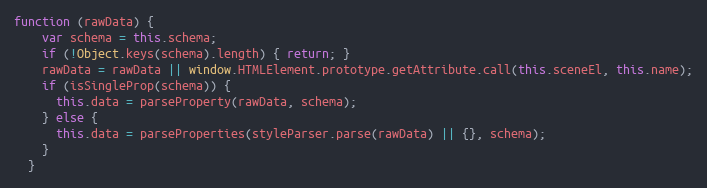
Language: JavaScript
function (rawData) {
    var schema = this.schema;
    if (!Object.keys(schema).length) { return; }
    rawData = rawData || window.HTMLElement.prototype.getAttribute.call(this.sceneEl, this.name);
    if (isSingleProp(schema)) {
      this.data = parseProperty(rawData, schema);
    } else {
      this.data = parseProperties(styleParser.parse(rawData) || {}, schema);
    }
  }